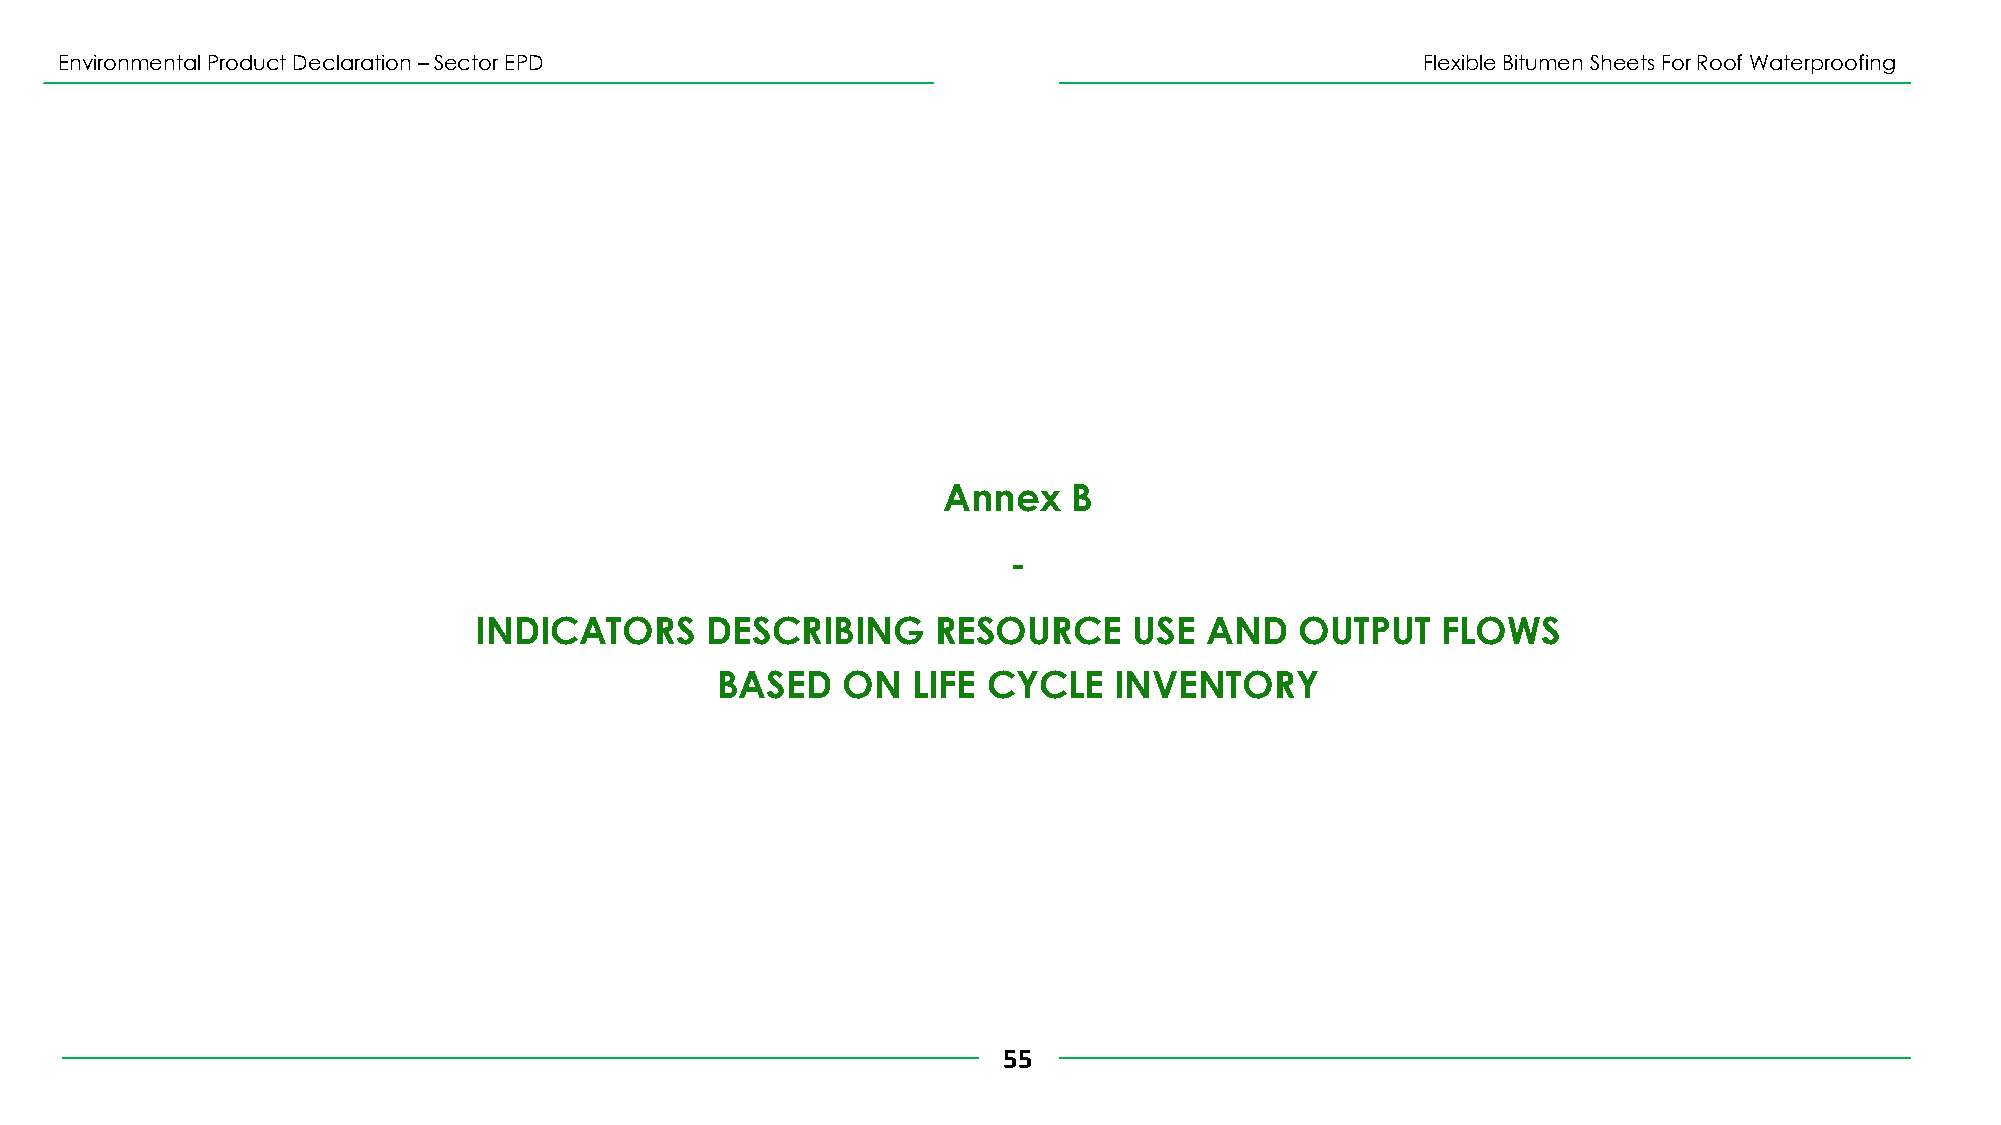
Environmental Product Declaration –Sector EPD                                             Flexible Bitumen Sheets For Roof Waterproofing
 Annex    B
 -
 INDICATORS      DESCRIBING     RESOURCE     USE  AND   OUTPUT   FLOWS
 BASED    ON  LIFE CYCLE    INVENTORY
 55